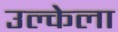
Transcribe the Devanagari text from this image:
उल्केला